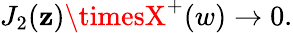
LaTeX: J_{2}(\mathbf{z})\timesX^{+}(w)\rightarrow0.